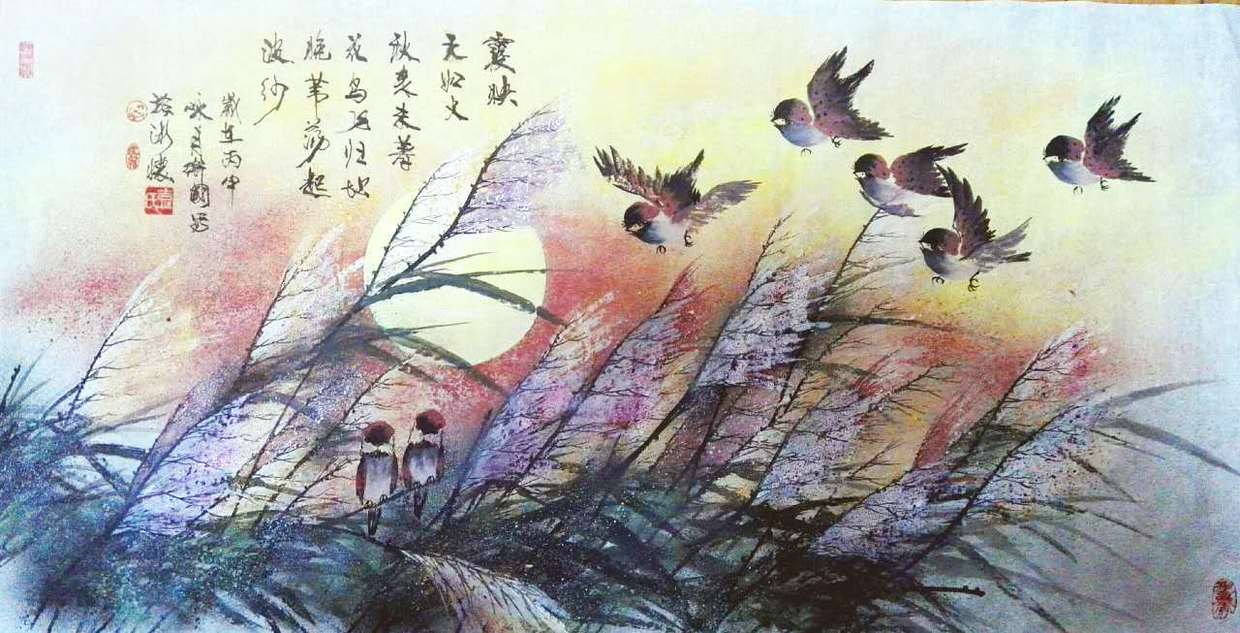
相州昼锦堂厨酝，卫国淇川岸竹萌。